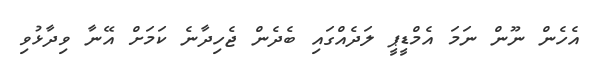
އެހެން ނޫން ނަމަ އެމްޑީޕީ ލަދެއްގައި ބެދެން ޖެހިދާނެ ކަމަށް އޭނާ ވިދާޅުވި